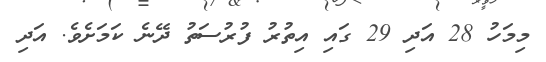
މިމަހު 28 އަދި 29 ގައި އިތުރު ފުރުސަތު ދޭނެ ކަމަށެވެ. އަދި